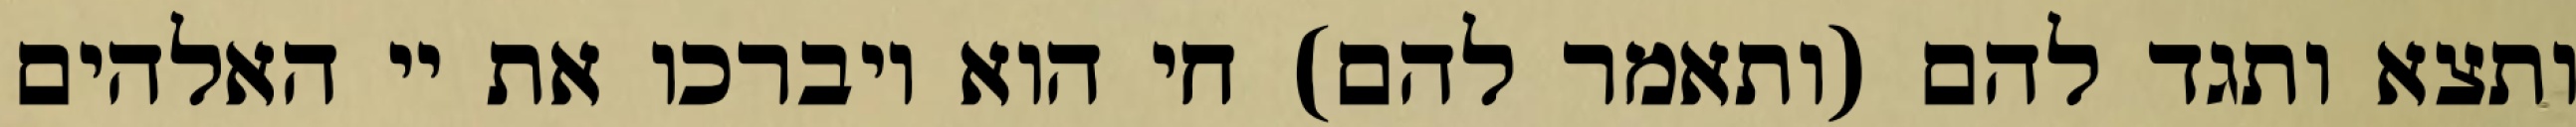
ותצא ותגד להם (ותאמר להם) חי הוא ויברכו את יי האלהים